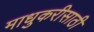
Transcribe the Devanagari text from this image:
माधुकरीसाठी